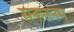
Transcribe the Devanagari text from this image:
सनातनम्